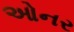
ઓનર